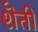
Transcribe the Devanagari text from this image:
शॆती